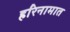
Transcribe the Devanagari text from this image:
हरिनामात